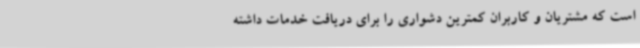
است که مشتریان و کاربران کمترین دشواری را برای دریافت خدمات داشته